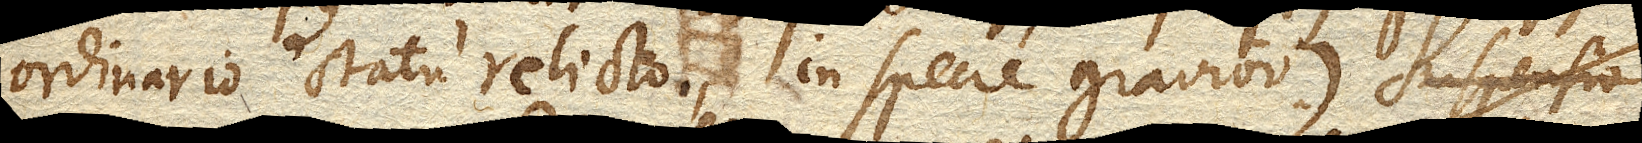
ordinario statu relicto, in specie gravior)